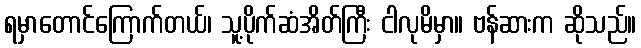
ရမှာတောင်ကြောက်တယ်၊ သူ့ပိုက်ဆံအိတ်ကြီး ငါလုမိမှာ။ ဗန်ဆားက ဆိုသည်။